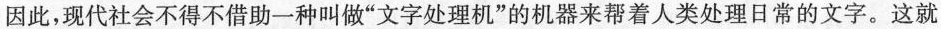
因此，现代社会不得不借助-种叫做”文字处理机”的机器来帮着人类处理日常的文字。这就